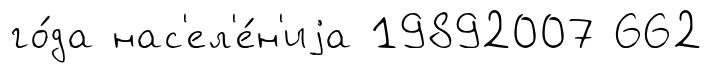
го́да нас'ел'е́н'иjа 19892007 662